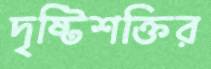
দৃষ্টিশক্তির